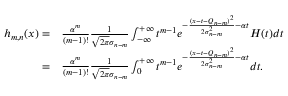
\begin{array} { r l } { h _ { m , n } ( x ) = } & { \frac { \alpha ^ { m } } { ( m - 1 ) ! } \frac { 1 } { \sqrt { 2 \pi } \sigma _ { n - m } } \int _ { - \infty } ^ { + \infty } t ^ { m - 1 } e ^ { - \frac { ( x - t - Q _ { n - m } ) ^ { 2 } } { 2 \sigma _ { n - m } ^ { 2 } } - \alpha t } H ( t ) d t } \\ { = } & { \frac { \alpha ^ { m } } { ( m - 1 ) ! } \frac { 1 } { \sqrt { 2 \pi } \sigma _ { n - m } } \int _ { 0 } ^ { + \infty } t ^ { m - 1 } e ^ { - \frac { ( x - t - Q _ { n - m } ) ^ { 2 } } { 2 \sigma _ { n - m } ^ { 2 } } - \alpha t } d t . } \end{array}